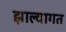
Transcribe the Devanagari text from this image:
झाल्यागत